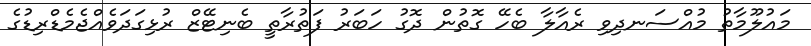
މައުލޫމާތު މުއްސަނދިވި ރެއާލާ ބެހޭ ގޮތުން ދޮގު ހަބަރު ފަތުރާތީ ބެނިޓޭޒް ރުޅިގަދަވެއްޖެމެޑްރިޑުގެ